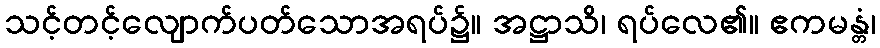
သင့်တင့်လျောက်ပတ်သောအရပ်၌။ အဋ္ဌာသိ၊ ရပ်လေ၏။ ဧကမန္တံ၊